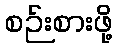
စဉ်းစားဖို့